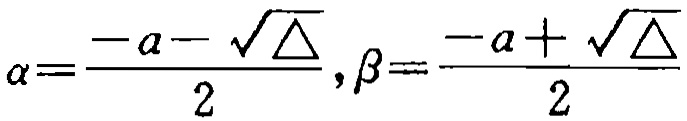
\(\alpha=\frac{-a - \sqrt{\Delta}}{2},\beta=\frac{-a+\sqrt{\Delta}}{2}\)